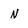
Character: n